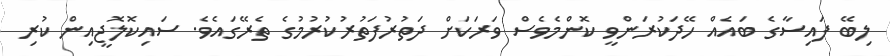
ލިބޭ ފައިސާގެ ބައެއް ހޭދަކުރަންވީ ކޮންމެވެސް ވަރަކަށް ދަތުރުފަތުރުކުރުމުގެ ތެރޭގައެވެ. ސައިކޮލޮޖީއިން ކުރި